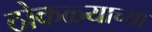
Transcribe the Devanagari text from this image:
ठोकळ्याच्या